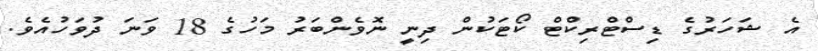
އެ ޝަހަރުގެ ޑިސްޓްރިކްޓް ކޯޓަކުން ދިނީ ނޮވެންބަރު މަހުގެ 18 ވަނަ ދުވަހުއެވެ.